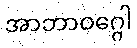
အာဘာဝဂ္ဂေါ